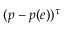
( p - p ( e ) ) ^ { \tau }